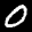
Label: 0